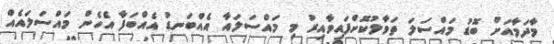
މާދަމާއަށް ބޮޑު މައްސަލަ ތަވާލުކޮށްފައިވާއިރު މި މައްސަލައާ އެއްބަނޑު އެއްބަފާ އެހެން މައްސަލައެއް